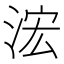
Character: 浤